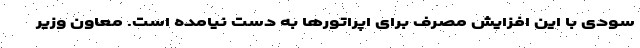
سودی با این افزایش مصرف برای اپراتورها به دست نیامده است. معاون وزیر